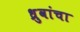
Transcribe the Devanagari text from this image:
ध्रुवांचा